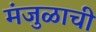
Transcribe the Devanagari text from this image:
मंजुळाची